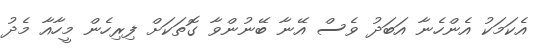
އެކަމަކު އެންހެނާ އަބަދު ވެސް އޭނާ ބޭނުންވާ ގޮތަކަށް ފިރިހެން މީހާއާ މެދު